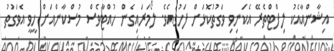
އިޝާންއާއެކު ލިފްޓްތެރޭ އެކަނިވި ވަގުތުކޮޅަށް ފަހުގައެވެ. ލޯމަރައިގެން ހުއްޓާވެސް މުސްކާންއަށް ހީވީ އެވަގުތު